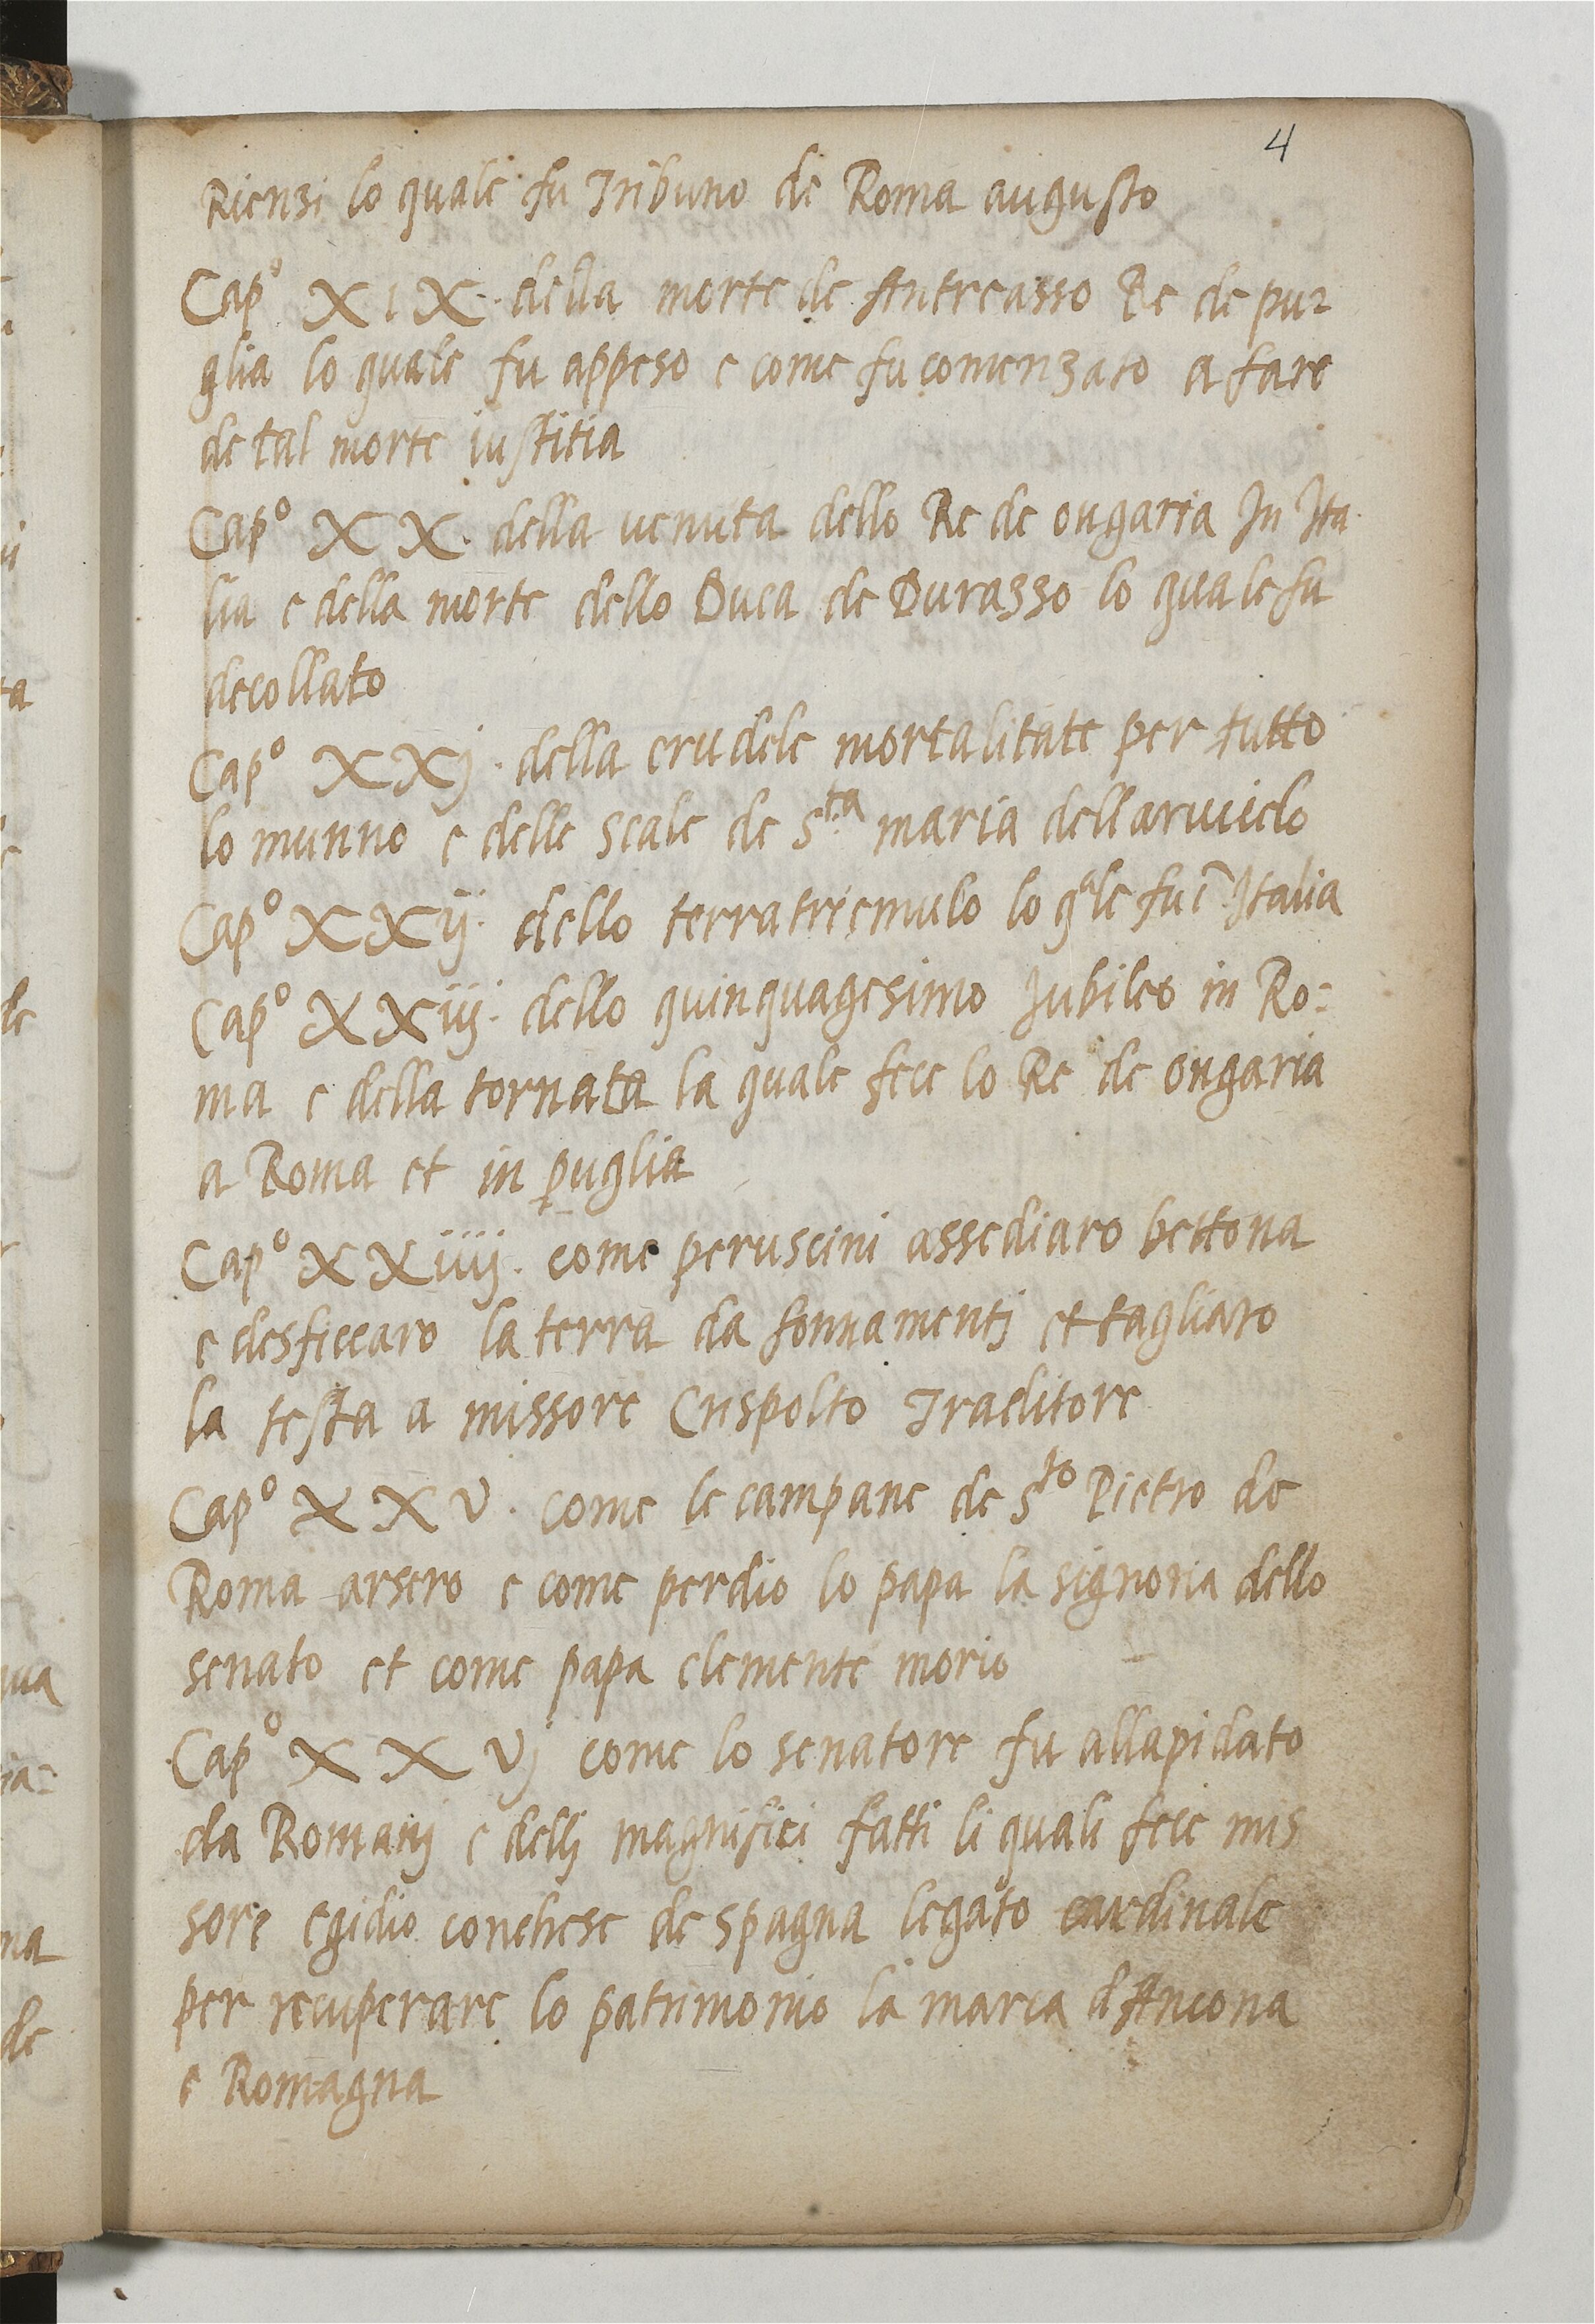
Shelfmark: Paris, BnF, ita. 820
Century: 16